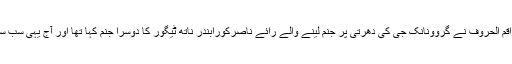
2012ء میں راقم الحروف نے گروونانک جی کی دھرتی پر جنم لینے والے رائے ناصرکورابندر ناتھ ٹیگور کا دوسرا جنم کہا تھا اور آج یہی سب سے بڑا سچ ہے۔